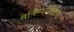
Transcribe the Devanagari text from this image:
वेर्किंगटोरिक्स